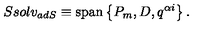
S s o l v _ { a d S } \equiv \mathrm { s p a n } \left\{ P _ { m } , D , q ^ { \alpha i } \right\} .